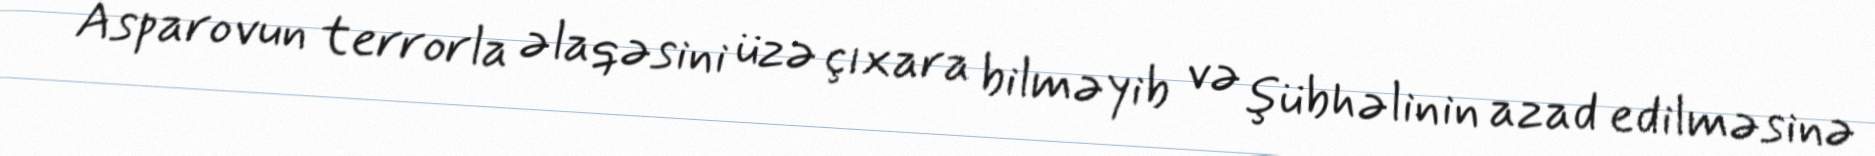
Asparovun terrorla əlaqəsini üzə çıxara bilməyib və şübhəlinin azad edilməsinə